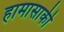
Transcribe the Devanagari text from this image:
हामासाकी